Burma Government Medical School reports 1923-41
Year: 1923
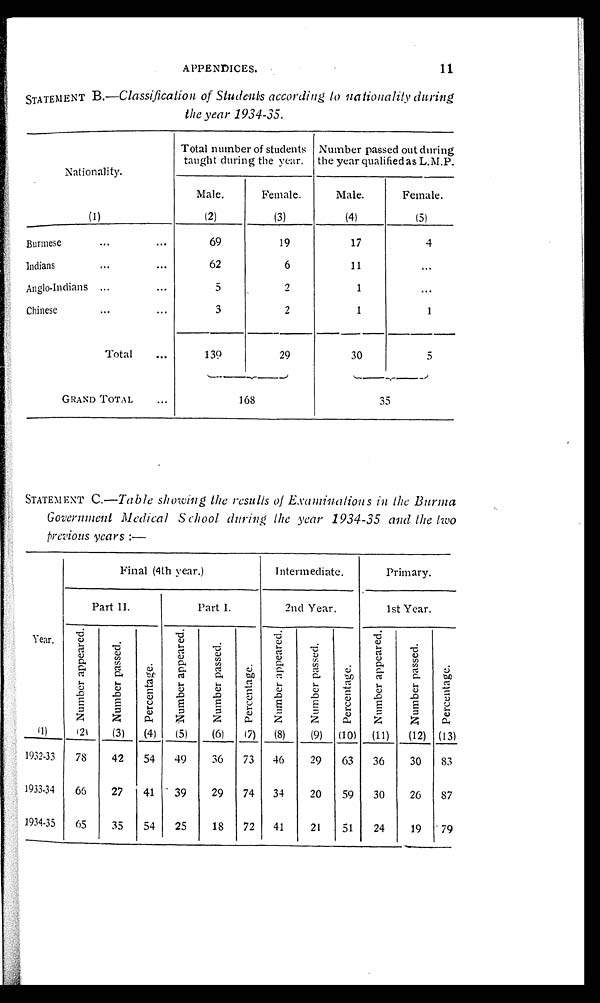
1 1
APPENDICES.
STATEMENT B. —Classification of Students according to nationality during
the year 1934-35.
Nationality.
(1)
Total number of students
taught during the year.
Number passed out during
the year qualified as L.M.P.
Male.
(2)
Female.
(3)
Male.
(4)
Female.
(5)
Burmes
...
...
6 9
19
17
4
Indian
...
...
62
6
11
...
Anglo-Indians
... ...
5
2
1
...
Chines
...
...
3
2
1
1
Total
...
139
29
30
5
GRAND TOTAL
...
168
35
STATEMENT C. — Table showing the results of Examinations in the Burma
Government Medical School during the year 1934-35 and the two
previous years :—
Year. (1)
Final (4th year.)
Intermediate.
Primary.
Part II.
Part I.
2nd Year.
1st Year.
N u m b e r a p p e a r e d . ( 2 )
N u m b e r p a s s e d .
(3)
p e r c e n t a g e . ( 4 )
N u m b e r a p p e a r e d .
(5)
N u m b e r p a s s e d .
(6)
p e r c e n t a g e .
(7)
N u m b e r a p p e a r e d .
(8)
N u m b e r p a s s e d .
(9)
p e r c e n t a g e .
(10)
N u m b e r a p p e a r e d .
(11)
N u m b e r p a s s e d .
(12)
p e r c e n t a g e . ( 1 3 )
1932-33
78
42
54
49
36
73
46
29
63
36
30
83
1933-34
66
27
41
39
29
74
34
20
59
30
26
87
1934-35
65
35
54
25
18
72
41
21
51
24
19
79